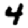
Digit: 4